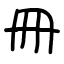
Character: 冊